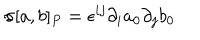
\sigma [ a , b ] _ { P } = \epsilon ^ { i j } \partial _ { i } a _ { 0 } \partial _ { j } b _ { 0 }